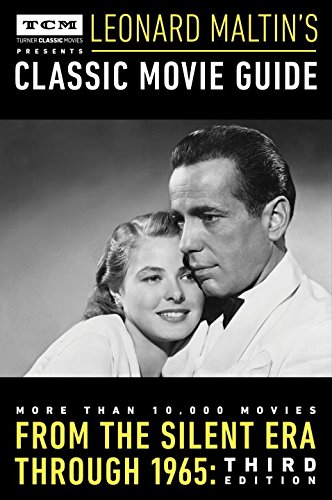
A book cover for Turner Classic Movies Presents Leonard Maltin's Classic Movie Guide: From the Silent Era Through 1965: Third Edition; Leonard Maltin; Humor & Entertainment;